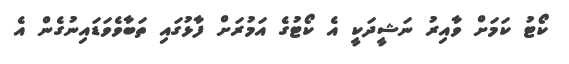
ކޯޓު ކަމަށް ވާއިރު ނަޝީދަކީ އެ ކޯޓުގެ އަމުރަށް ފާޅުގައި ތަބާވެވަޑައިނުގެން އެ